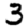
Digit: 3